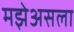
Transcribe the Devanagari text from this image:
मझेअसला